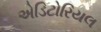
એડિટોરિયલ